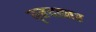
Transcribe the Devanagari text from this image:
वृहदस्तर